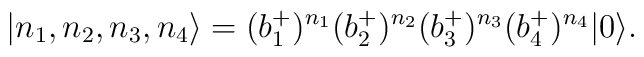
\left|n_1,n_2,n_3,n_4 \right\rangle =(b^+_1)^{n_1}(b^+_2)^{n_2}(b^+_3)^{n_3} (b^+_4)^{n_4}|0 \rangle.